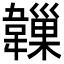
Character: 𩏙